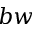
b w